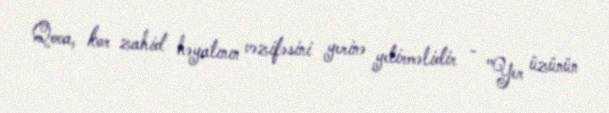
Qoca, kor zahid həyatının vəzifəsini yerinə yetirməlidir - "Yer üzünün